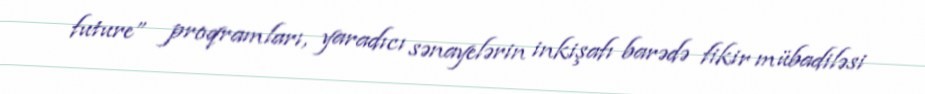
future” proqramları, yaradıcı sənayelərin inkişafı barədə fikir mübadiləsi